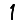
Digit: 1